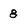
Character: 8